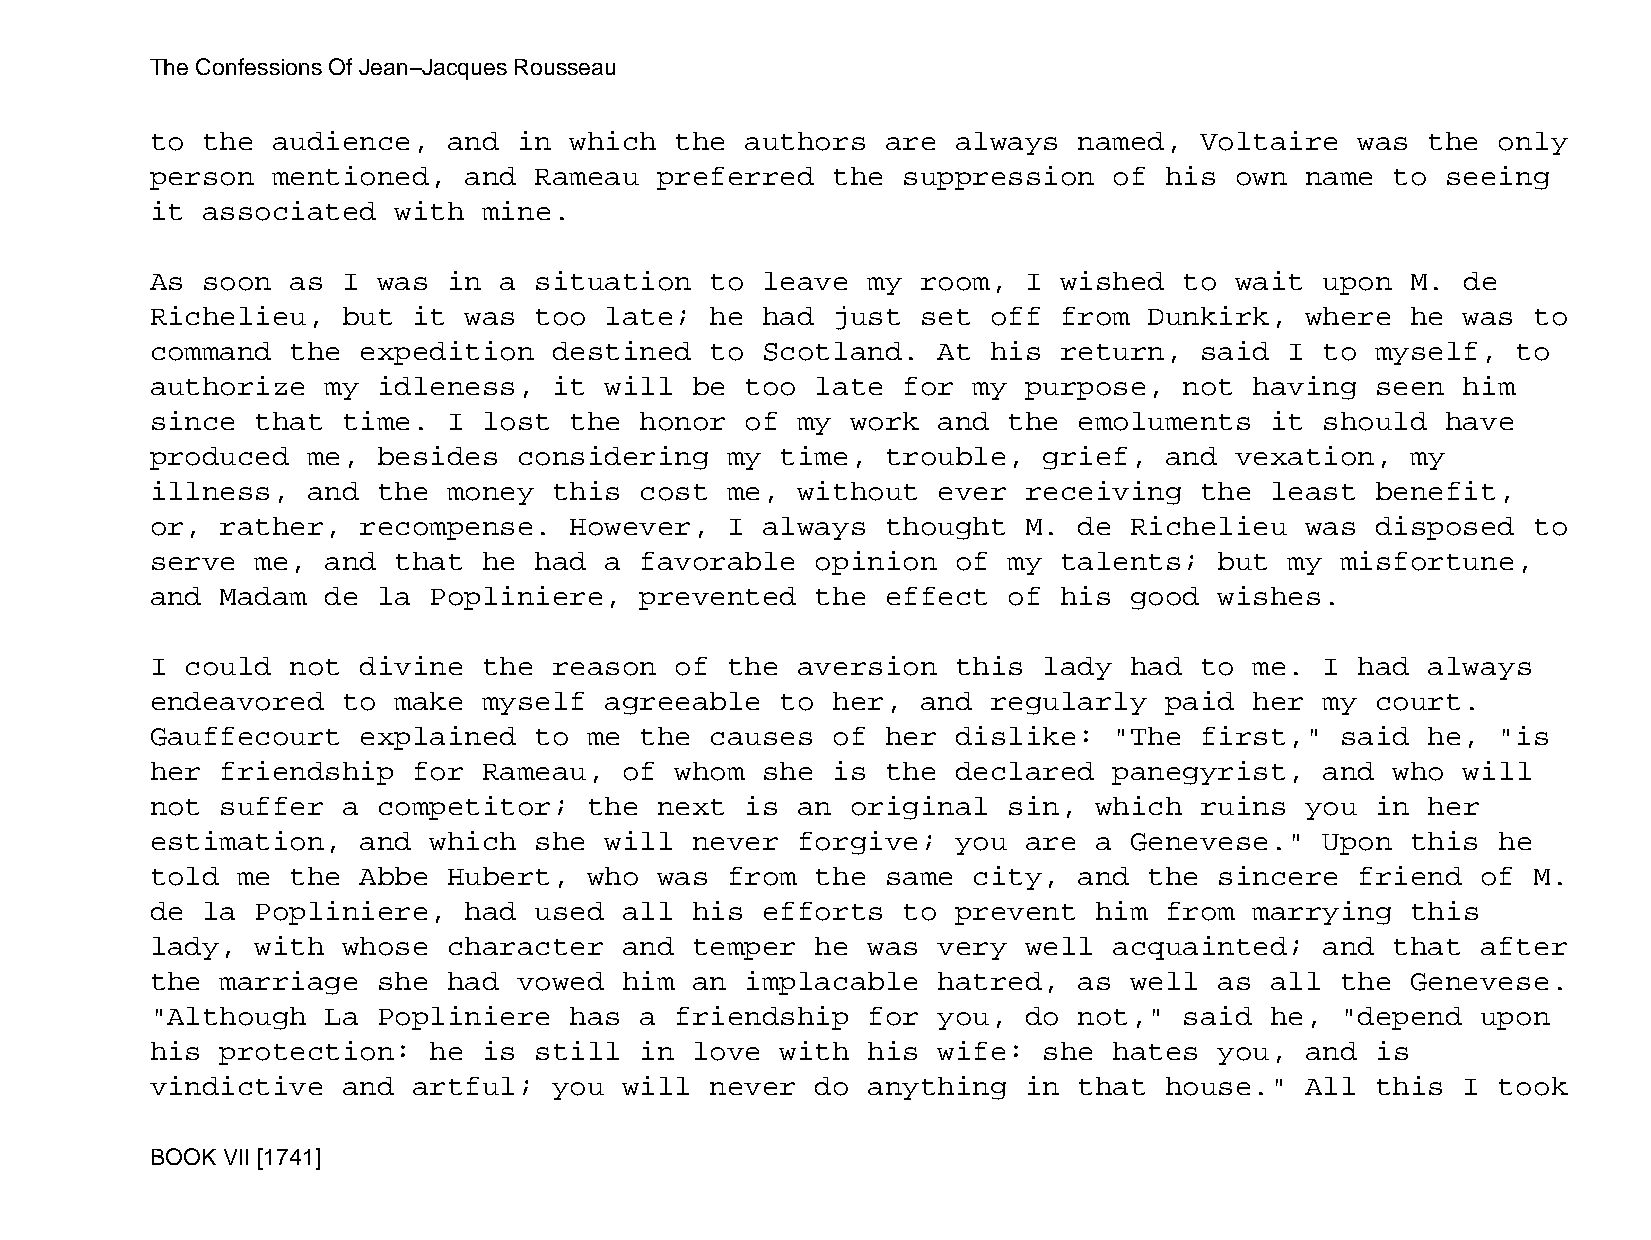
The Confessions Of Jean−Jacques Rousseau
 to the  audience,   and in  which  the authors   are always  named,  Voltaire   was  the only
 person  mentioned,   and Rameau   preferred  the  suppression   of his  own name  to  seeing
 it associated   with  mine.
 As soon  as  I was  in a situation   to leave  my  room,  I wished  to  wait  upon M.  de
 Richelieu,   but it  was too  late;  he had  just  set  off from  Dunkirk,  where  he  was to
 command  the  expedition   destined  to Scotland.   At  his return,  said  I  to myself,  to
 authorize   my idleness,   it will  be too  late  for my  purpose,  not  having  seen  him
 since  that  time.  I lost  the honor  of  my work  and  the emoluments   it  should  have
 produced  me,  besides  considering   my  time,  trouble,  grief,  and  vexation,  my
 illness,  and  the  money  this cost  me,  without  ever  receiving  the  least  benefit,
 or,  rather,  recompense.   However,  I always   thought  M. de  Richelieu  was  disposed  to
 serve  me,  and that  he had  a favorable   opinion  of  my talents;   but my  misfortune,
 and  Madam  de la Popliniere,   prevented   the  effect  of his  good  wishes.
 I could  not  divine  the  reason  of the  aversion  this  lady  had to  me.  I had  always
 endeavored   to make  myself  agreeable   to her,  and  regularly  paid  her  my court.
 Gauffecourt   explained  to  me the  causes  of  her dislike:   "The first,"   said  he, "is
 her  friendship  for  Rameau,  of  whom she  is  the declared   panegyrist,   and who  will
 not  suffer  a competitor;   the  next is  an original   sin, which  ruins  you  in  her
 estimation,   and which  she  will  never  forgive;  you  are a  Genevese."   Upon this  he
 told  me the  Abbe  Hubert,  who  was from  the  same city,  and  the  sincere  friend  of M.
 de la  Popliniere,   had used  all  his efforts   to prevent  him  from  marrying  this
 lady,  with  whose  character  and  temper  he was  very  well  acquainted;   and that  after
 the  marriage  she  had vowed  him  an implacable   hatred,  as  well  as all  the Genevese.
 "Although   La Popliniere   has a  friendship  for  you,  do not,"  said  he,  "depend  upon
 his  protection:  he  is still  in  love  with his  wife:  she  hates  you, and  is
 vindictive   and artful;   you will  never  do anything   in that  house."  All  this  I took
 BOOK VII [1741]